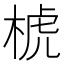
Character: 椃